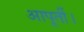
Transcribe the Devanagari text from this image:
आपूर्ती।